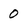
Character: O